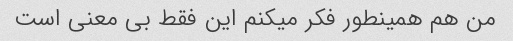
من هم همینطور فکر میکنم این فقط بی معنی است